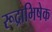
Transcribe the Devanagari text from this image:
रूद्राभिषेक